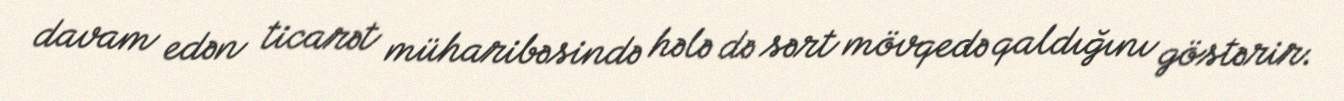
davam edən ticarət müharibəsində hələ də sərt mövqedə qaldığını göstərir.